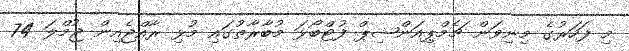
މި ފަހަރުގެ މިނިވަން ޗެމްޕިއަންޝިޕް ފުޓްބޯޅަ މުބާރާތުގައި މުޅި ރާއްޖެއިން ޖުމްލަ 74